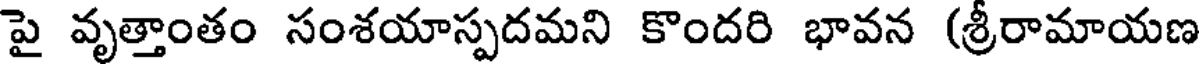
పై వృత్తాంతం సంశయాస్పదమని కొందరి భావన (శ్రీరామాయణ